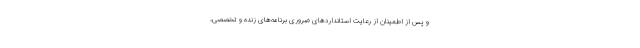
و پس از اطمینان از رعایت استانداردهای ضروری برنامه‌های زنده و تخصصی،